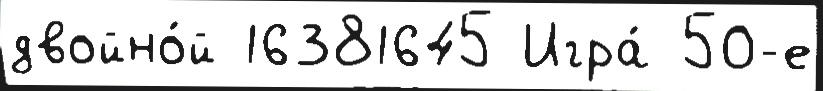
двойно́й 16381645 Игра́ 50-е